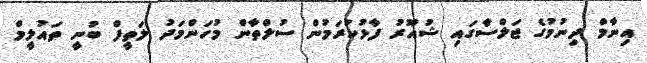
އިނާމް ދިނުމުގެ ޖަލްސާގައި ޝުއޫރު ފާޅުކުރަމުން ސުލްތާން މުހަންމަދު ލަތީފް ބުނީ ތައުލީމް